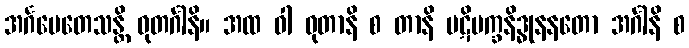
အင်္ဂမေတေသန္တိ ဓုတင်္ဂါနိ။ အထ ဝါ ဓုတာနိ စ တာနိ ပဋိပက္ခနိဒ္ဓုနနတော အင်္ဂါနိ စ